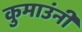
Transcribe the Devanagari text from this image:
कुमाउंनी